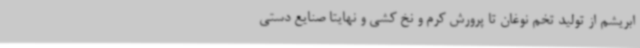
ابریشم از تولید تخم نوغان تا پرورش کرم و نخ کشی و نهایتا صنایع دستی